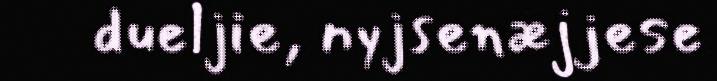
dueljie, nyjsenæjjese